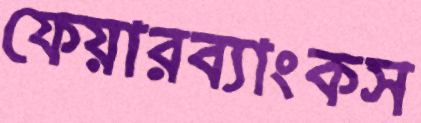
ফেয়ারব্যাংকস